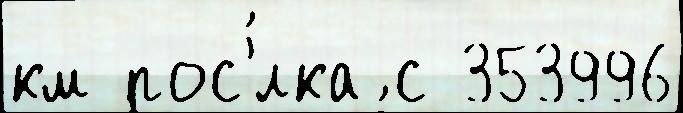
км пос'́лка с 353996